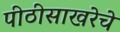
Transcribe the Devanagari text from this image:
पीठीसाखरेचे